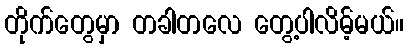
တိုက်တွေမှာ တခါတလေ တွေ့ပါလိမ့်မယ်။